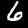
Digit: 6